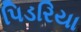
પિડરિયા